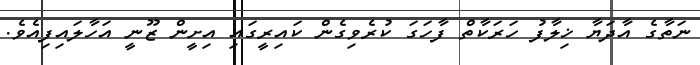
ނަތާގެ އާދަޔާ ޚިލާފު ހަރަކާތް ފާހަގަ ކުރެވިގެން ކައިރީގައި އިށީން ޒޫނީ އަހާލައިފިއެވެ.